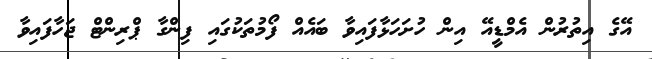
އޭގެ އިތުރުން އެމްޑީއޭ އިން ހުށަހަޅާފައިވާ ބައެއް ފޯމުތަކުގައި ފިންގާ ޕްރިންޓް ޖަހާފައިވާ